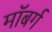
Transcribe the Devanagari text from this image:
माॅबर्ग